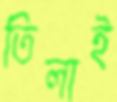
তিলাই